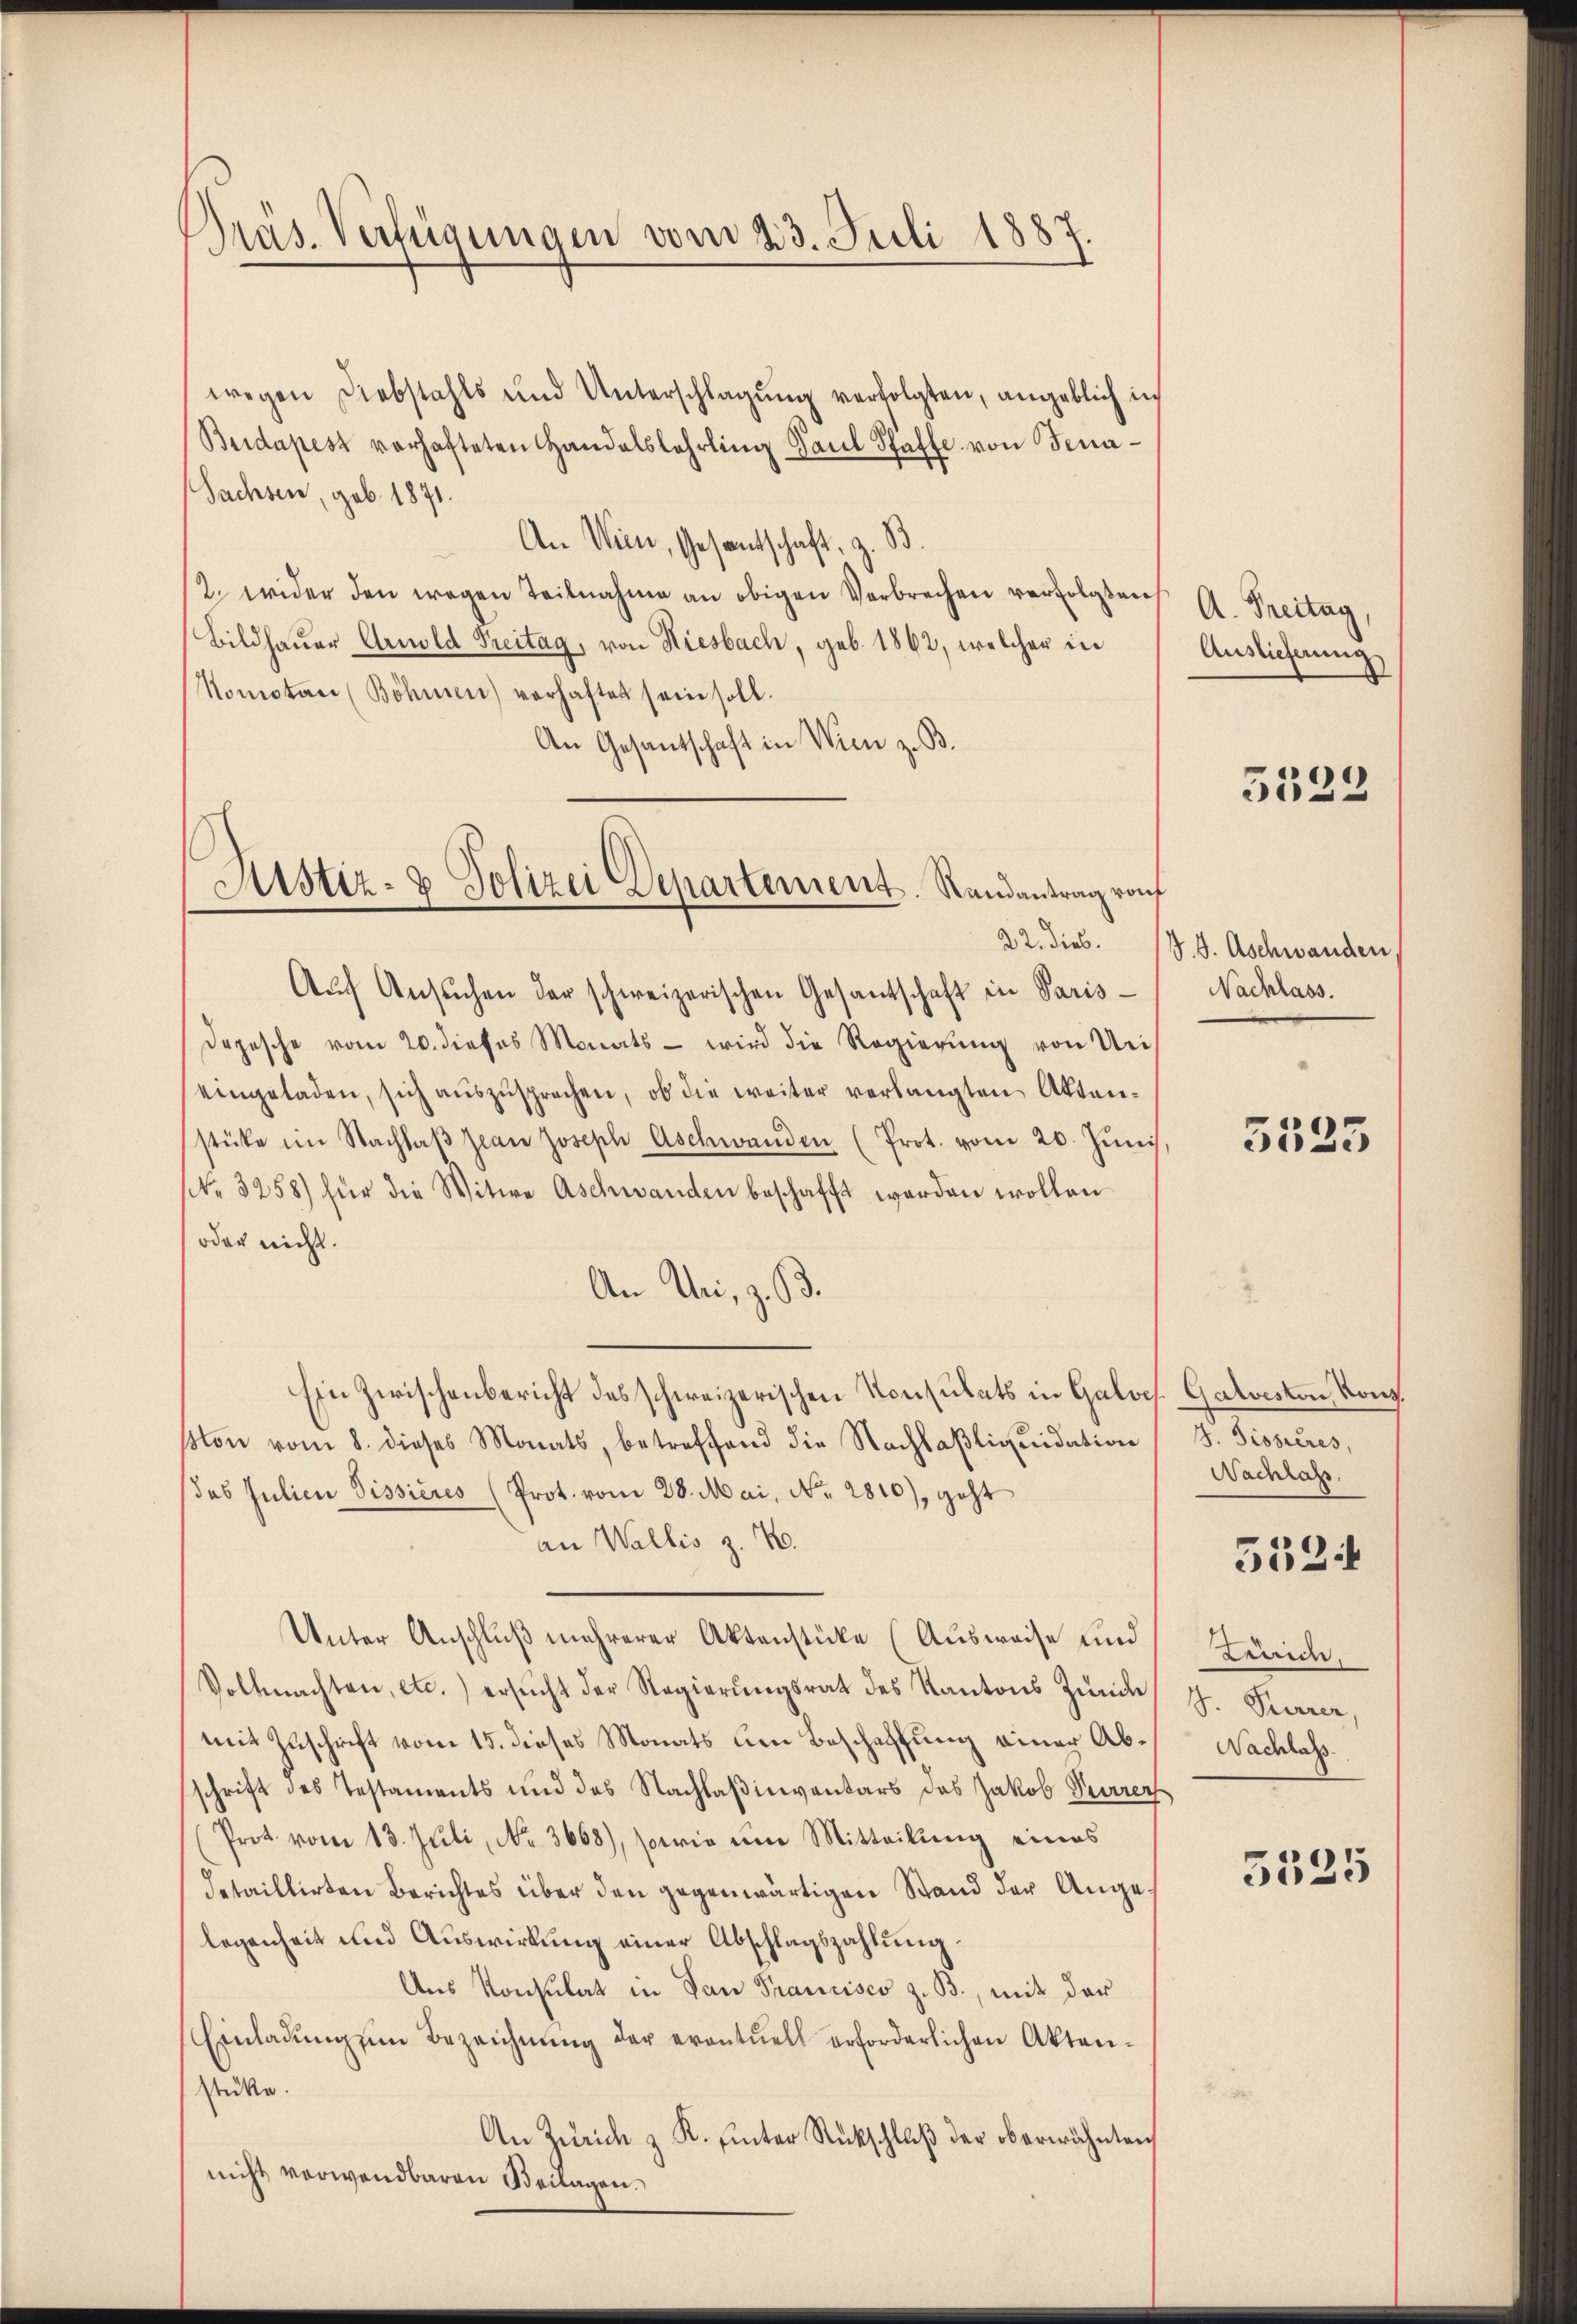
Präs. Verfügungen vom 23. Juli 1887.

wegen Diebstahls und Unterschlagung verfolgten, angeblich in
Budapest verhafteten Handelslehrling Paul Schaffe von Fena¬
Sachsen, geb. 1871.
An Wien, Gesantschaft, z. B.
2. wider den wegen Teilnahme an obigen Verbrechen verfolgten
Bildhaŭer Arnold Treitag, von Riesbach, geb. 1862, welcher in
Nomotare (Böhmen) verhaftet sein soll.
An Gesantschaft in Wien z. B.

Justiz- & Polizei Departement. Randantrag von
22. dies.

Aŭf Ansŭchen der schweizerischen Gesantschaft in Paris¬
Depesche vom 20. dieses Monats - wird die Regierŭng von Uri
eingeladen, sich aŭszŭsprechen, ob die weiter verlangten Akten-
stüke im Nachlaβ jean Joseph Aschwanden (Prot. vom 20. Jŭni
NNo. 3258) für die Witwe Aschwanden beschafft werden wollen
oder nicht.
An Uri, z. B.
Ein Zwischenbericht des schweizerischen Konsulats in Galos. Galveston Kons.
ston vom 8. dieses Monats, betreffend die Nachlaβliquidation (s. Sissières,
Jes Julieu Pissieres (Prot. vom 28. Mai, No. 2810), geht
an Wallis z. T.
Unter Anschlŭβ mehrerer Aktenstücke (Ausweise und
Vollmachten, etc.) ersŭcht der Regierŭngsrat des Kantons Zürich
mit Zuschrift vom 15. dieses Monats um Beschaffung einer Abschrift des Testaments und des Nachlaßinventars das Jakob Perrer
Prot. vom 13. Juli, No. 3668), sowie eine Mitteilŭng eines
detaillirten Berichtes über den gegenwärtigen Stand der Angelegenheit und Auswirkung einer Abschlagszahlung.
Ans Konsulat in San Francisco z. B., mit der
Einladŭng in Bezeichnŭng der eventuell erforderlichen Aktenstücke.
An Zürich z. K. ŭnter Rückschluß der oberwähnten
nicht verwendbaren Beilagen.

A. Freitag,
Auslieferung

5329

J. J. Aschwanden
Nachlass.

5523

Nachlass.

5524

Luich.
S. Parrer
Nachlass

5525